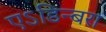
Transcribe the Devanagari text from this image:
एऽडिन्बरा